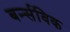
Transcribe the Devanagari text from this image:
बर्न्सविक